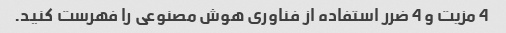
4 مزیت و 4 ضرر استفاده از فناوری هوش مصنوعی را فهرست کنید.